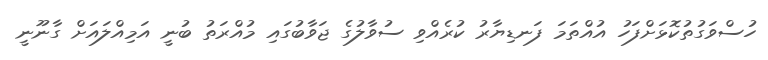
ހުސްވަގުތުކޮޅަށްފަހު އުއްތަމަ ފަނޑިޔާރު ކުރެއްވި ސުވާލުގެ ޖަވާބުގައި މުއްރަތު ބުނީ އަމިއްލައަށް ގާނޫނީ